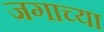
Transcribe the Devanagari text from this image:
जगाच्‍या